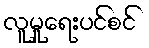
လူမှုရေးပင်စင်